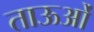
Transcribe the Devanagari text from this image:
ताऊओं